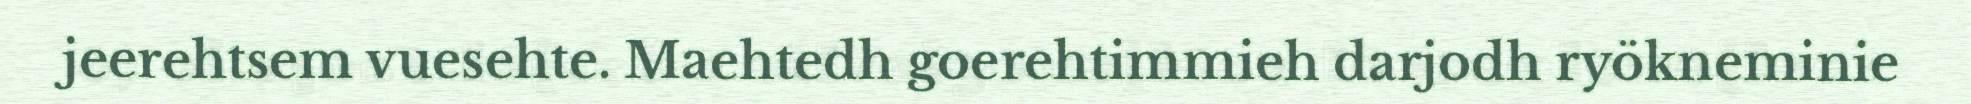
jeerehtsem vuesehte. Maehtedh goerehtimmieh darjodh ryökneminie